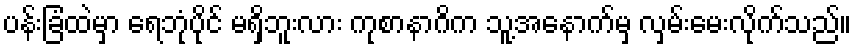
ပန်းခြံထဲမှာ ရေဘုံပိုင် မရှိဘူးလား ကုစာနာဂိက သူ့အနောက်မှ လှမ်းမေးလိုက်သည်။